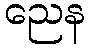
ညေန